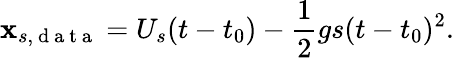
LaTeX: \mathbf{x}_{s,\mathrm{{~d~a~t~a~}}}=U_{s}(t-t_{0})-\frac{{1}}{{2}}gs(t-t_{0})^{2}.